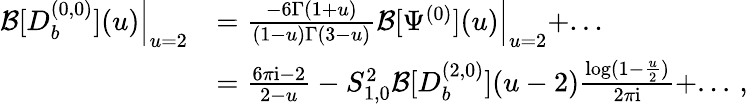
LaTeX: \begin{array}{rl}{\mathcal{B}[D_{b}^{(0,0)}](u)\Big|_{u=2}}&{=\frac{-6\Gamma(1+u)}{(1-u)\Gamma(3-u)}\mathcal{B}[\Psi^{(0)}](u)\Big|_{u=2}+...}\\ &{=\frac{6\pi\mathrm{i}-2}{2-u}-S_{1,0}^{2}\mathcal{B}[D_{b}^{(2,0)}](u-2)\frac{\log(1-\frac{u}{2})}{2\pi\mathrm{i}}+...\, ,}\end{array}